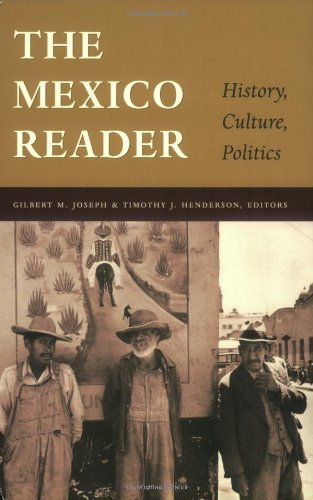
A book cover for The Mexico Reader: History, Culture, Politics (The Latin America Readers); History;